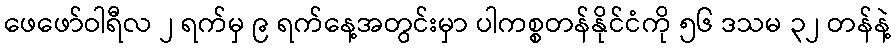
ဖေဖော်ဝါရီလ ၂ ရက်မှ ၉ ရက်နေ့အတွင်းမှာ ပါကစ္စတန်နိုင်ငံကို ၅၆ ဒသမ ၃၂ တန်နဲ့